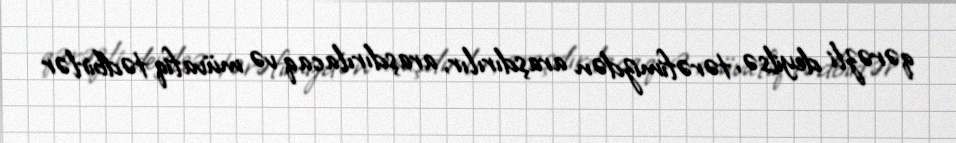
qərəzli deyilsə, tərəfimizdən araşdırılır, araşdırılacaq və müvafiq tədbirlər